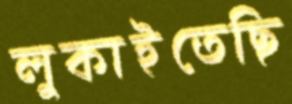
লুকাইতেছি